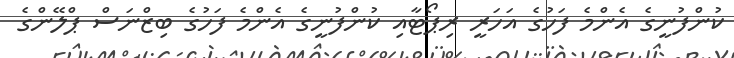
ކުންފުނީގެ އެންމެ ފަހުގެ އަހަރީ ރިޕޯޓާއި ކުންފުނީގެ އެންމެ ފަހުގެ ބިޒްނަސް ޕްލޭންގެ